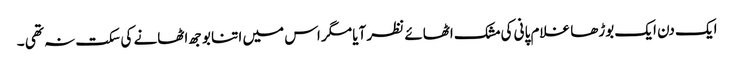
ایک دن ایک بوڑھا غلام پانی کی مشک اٹھائے نظر آیا مگر اس میں اتنا بوجھ اٹھانے کی سکت نہ تھی ۔